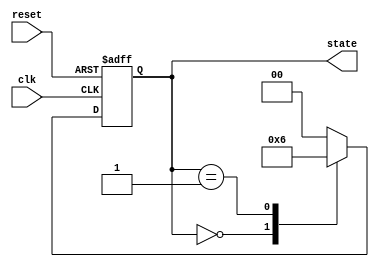
module timer_example (
    input wire clk,          // Clock input
    input wire reset,        // Reset input
    output reg [1:0] state   // 2-bit state output
);

    // State encoding
    localparam STATE_0 = 2'b00;
    localparam STATE_1 = 2'b01;
    localparam STATE_2 = 2'b10;

    // Initial state
    initial begin
        state = STATE_0;
    end

    // Clock process
    always @(posedge clk or posedge reset) begin
        if (reset) begin
            state <= STATE_0; // Reset to initial state
        end else begin
            // Transition to the next state after a timer event
            case (state)
                STATE_0: begin
                    // Wait for 10 time units before transitioning
                    #10;
                    state <= STATE_1;
                end
                STATE_1: begin
                    // Wait for 15 time units before transitioning
                    #15;
                    state <= STATE_2;
                end
                STATE_2: begin
                    // Wait for 20 time units before transitioning
                    #20;
                    state <= STATE_0; // Loop back to initial state
                end
                default: state <= STATE_0; // Default case
            endcase
        end
    end

endmodule